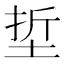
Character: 埑